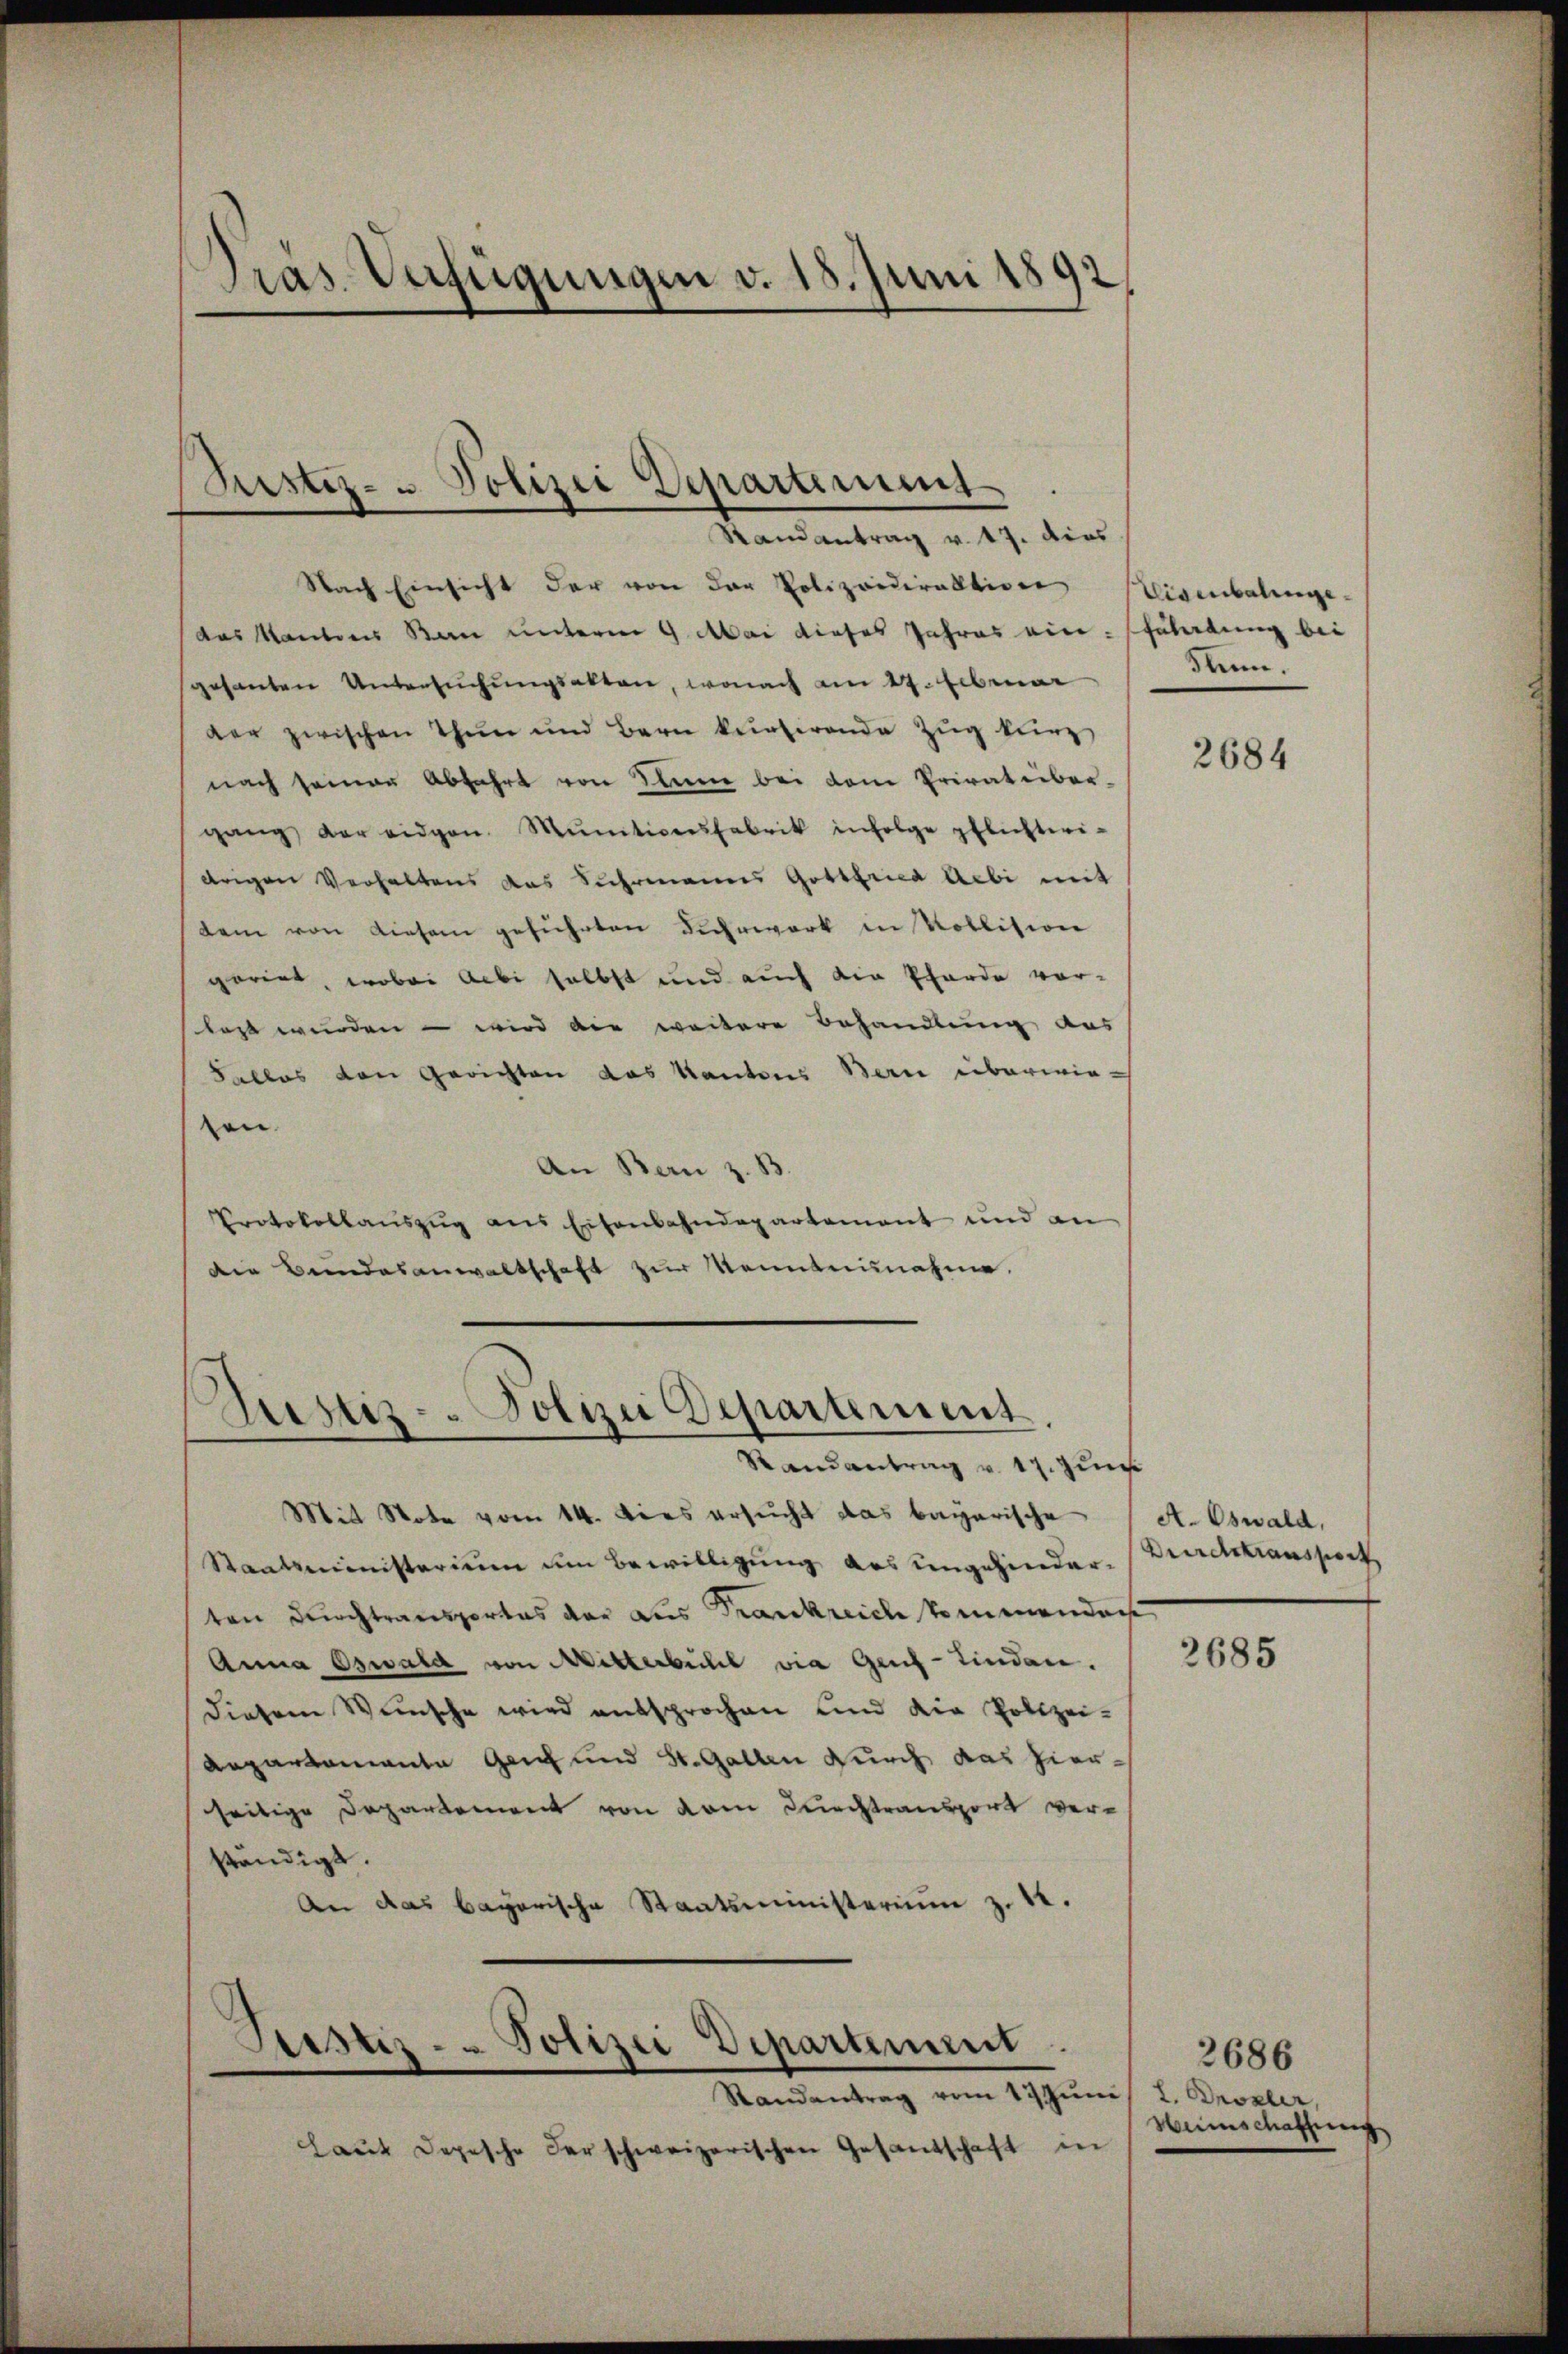
Pras Verfügungen v. 18. Juni 1892,

Justiz- u Polizei Departement

Randantrag v. 17. dies
Nach Einsicht der von der Polizeidirektion
das Kantons Bau unterm 9. Mai dieses Jahres ein Faledung bei
gesanten Untersŭchŭngsakten, wonach am 27. Ebenar
der zwischen Thun und Bern künferende Zŭg kurz
nach seiner Abfahrt von Seine bei dem Privat über-
gang der eidgen. Mŭnitionsfabrik infolge pflichtei-
drigen Verhaltens das Suhrmanns Gottfried Aebi mit
dem von diesem geführten Fuhrwerk in Vollision
gariat, wobei Aebi selbst und auch die Pferde vor-
slast wurden – wird die weitere Behandlung aus
Falles den Gerichten das Kantons Bern überwie-
zen.
An Bern z. B
Protokollauszug aus Eisenbahndepartement und an
die Bundesanwaltschaft zur Monntennahme

Justiz - Polizei Departement

Randantrag v. 17. Jun
Mit Note vom 14. Dies ersucht das bayerische
Staatsministerium um Bewilligung des ungehinderten durchtransportes der das Frankreich kommendach
Anna Oswald von Mitterbuchel via Gaf-Kinden.
diesem Wunsche wird entsprochen und die Polizei¬
Repartemente Genf und St. Gallen durch das hierseitige Departement von dem Durchtransport verständigt.
An das bayerische Staatsministerium z. 12.

Justiz - Polizei Departinum.

Randantrag vom 17. Juni
Laut Depesche der schweizerischen Gesandschaft in

Eisenbatenge¬
Sann.

2684

A. Oswald,
Beerdstransport

2685

2686
2. Probler,
Wunschaffung